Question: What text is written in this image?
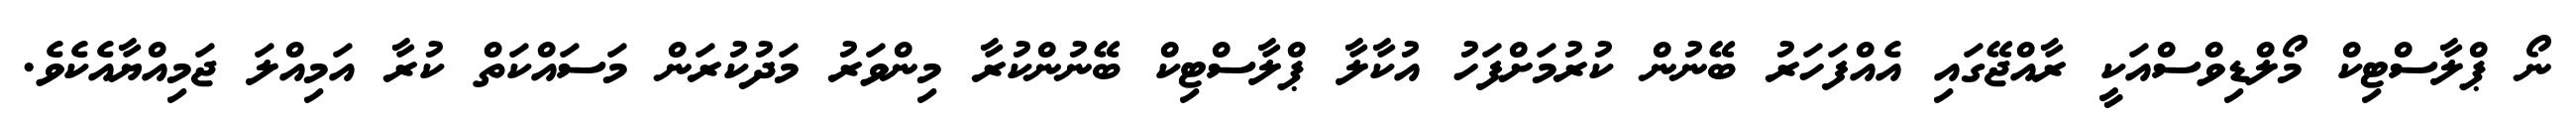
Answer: ނޯ ޕްލާސްޓިކް މޯލްޑިވްސްއަކީ ރާއްޖޭގައި އެއްފަހަރު ބޭނުން ކުރުމަށްފަހު އުކާލާ ޕްލާސްޓިކް ބޭނުންކުރާ މިންވަރު މަދުކުރަން މަސައްކަތް ކުރާ އަމިއްލަ ޖަމިއްޔާއެކެވެ.